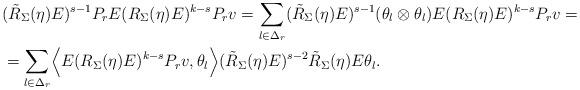
LaTeX: \begin{align*}&(\tilde R_{\Sigma}(\eta)E)^{s-1}P_rE (R_{\Sigma}(\eta)E)^{k-s}P_rv=\sum_{l\in \Delta_r}(\tilde R_{\Sigma}(\eta)E)^{s-1}(\theta_l\otimes \theta_l)E (R_{\Sigma}(\eta)E)^{k-s}P_rv=\\&=\sum_{l\in \Delta_r}\Bigl\langle E (R_{\Sigma}(\eta)E)^{k-s}P_rv,\theta_l\Bigr\rangle (\tilde R_{\Sigma}(\eta)E)^{s-2}\tilde R_{\Sigma}(\eta)E\theta_l.\end{align*}